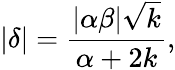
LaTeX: |\delta|=\frac{|\alpha\beta|\sqrt{k}}{\alpha+2k},